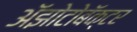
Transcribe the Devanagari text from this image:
अॅझोटोबॅक्टर